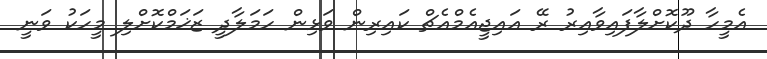
އެމީހާ ދޫކޮށްލާފައިވާއިރު ރޭ އައިޖީއެމްއެޗް ކައިރިން ވަޅިން ހަމަލާދީ ޒަޚަމްކޮށްލި މީހަކު ވަނީ